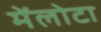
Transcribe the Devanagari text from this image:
मेंलोटा